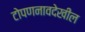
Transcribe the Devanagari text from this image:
टोपणनावदेखील